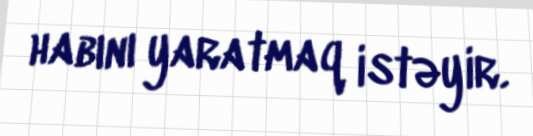
habını yaratmaq istəyir.